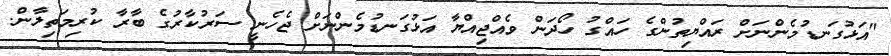
"އަޅުގަނޑުމެންނަށް ރައްޔިތުންގެ ހައްގު ހޯދަން ވެއްޖިއްޔާ އަޅުގަނޑުމެންނަށް ޖެހެނީ ސަރުކާރުގެ ބާރާ ކުރިމަތިލާން.